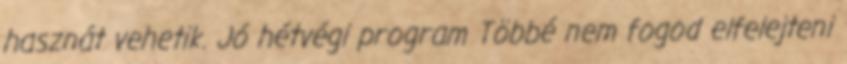
hasznát vehetik. Jó hétvégi program Többé nem fogod elfelejteni